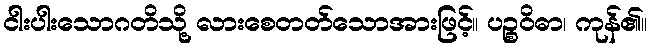
ငါးပါးသောဂတိသို့ လားစေတတ်သောအားဖြင့်။ ပဉ္စဝိဓာ၊ ကုန်၏။